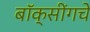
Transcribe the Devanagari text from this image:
बॉक्सींगचे